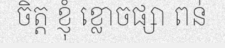
ចិត្ត ខ្ញុំ ខ្លោចផ្សា ពន់